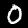
Label: 0